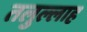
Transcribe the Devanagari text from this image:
तलुल्लाह